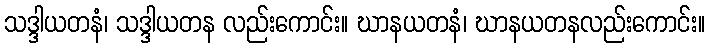
သဒ္ဒါယတနံ၊ သဒ္ဒါယတန လည်းကောင်း။ ဃာနယတနံ၊ ဃာနယတနလည်းကောင်း။